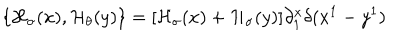
LaTeX: \{ { \cal H } _ { \sigma } ( x ) , { \cal H } _ { \theta } ( y ) \} = [ { \cal H } _ { \sigma } ( x ) + { \cal H } _ { \sigma } ( y ) ] \partial _ { 1 } ^ { x } \delta ( x ^ { 1 } - y ^ { 1 } )